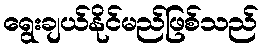
ရွေးချယ်နိုင်မည်ဖြစ်သည်